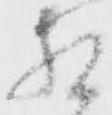
相